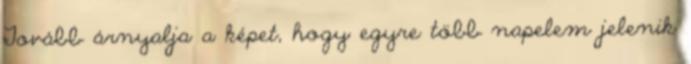
Tovább árnyalja a képet, hogy egyre több napelem jelenik